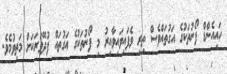
ހައިއެންޑް ފޯނުތަކުގެ އަގުތައްވެސް ތިރި ވެފައިވައިވާއިރު މި ފޯނުތަކުގެ އަގުތައް ފުދޭވަަރަކަށް މަތިވުމެވެ.